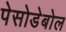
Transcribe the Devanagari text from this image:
पेसोडेबोल